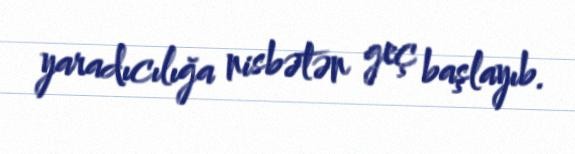
yaradıcılığa nisbətən geç başlayıb.